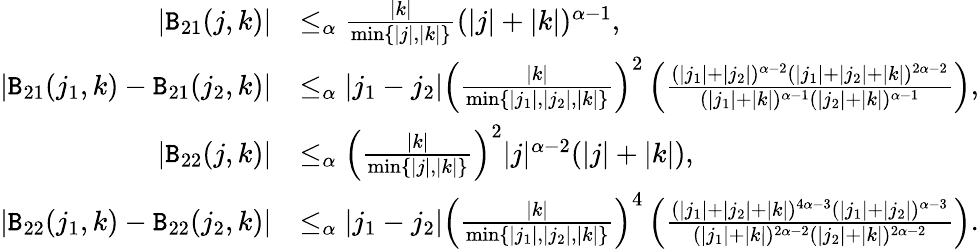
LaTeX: \begin{array}{rl}{|\mathtt{B}_{21}(j,k)|}&{\le_{\alpha}\frac{|k|}{\operatorname*{min}\left\{ |j|,|k|\right\} }(|j|+|k|)^{\alpha-1},}\\ {|\mathtt{B}_{21}(j_{1},k)-\mathtt{B}_{21}(j_{2},k)|}&{\le_{\alpha}|j_{1}-j_{2}|\left(\frac{|k|}{\operatorname*{min}\left\{ |j_{1}|,|j_{2}|,|k|\right\} }\right)^{2}\left(\frac{(|j_{1}|+|j_{2}|)^{\alpha-2}(|j_{1}|+|j_{2}|+|k|)^{2\alpha-2}}{(|j_{1}|+|k|)^{\alpha-1}(|j_{2}|+|k|)^{\alpha-1}}\right),}\\ {|\mathtt{B}_{22}(j,k)|}&{\le_{\alpha}\left(\frac{|k|}{\operatorname*{min}\left\{ |j|,|k|\right\} }\right)^{2}|j|^{\alpha-2}(|j|+|k|),}\\ {|\mathtt{B}_{22}(j_{1},k)-\mathtt{B}_{22}(j_{2},k)|}&{\le_{\alpha}|j_{1}-j_{2}|\left(\frac{|k|}{\operatorname*{min}\left\{ |j_{1}|,|j_{2}|,|k|\right\} }\right)^{4}\left(\frac{(|j_{1}|+|j_{2}|+|k|)^{4\alpha-3}(|j_{1}|+|j_{2}|)^{\alpha-3}}{(|j_{1}|+|k|)^{2\alpha-2}(|j_{2}|+|k|)^{2\alpha-2}}\right).}\end{array}